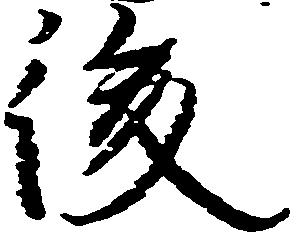
後